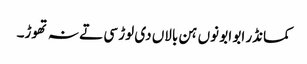
کمانڈر ابو ابو نوں ہن بالاں دی لوڑ سی تے نہ تھوڑ۔